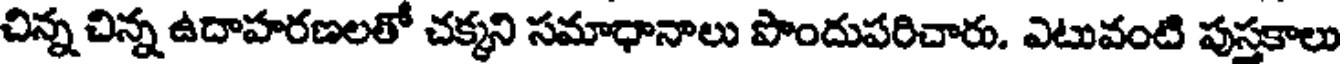
చిన్న చిన్న ఉదాహరణలతో చక్కని సమాధానాలు పొందుపరిచారు. ఎటువంటి పుస్తకాలు